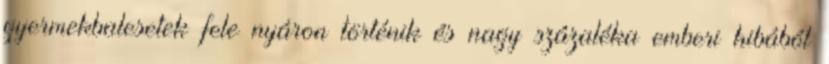
gyermekbalesetek fele nyáron történik és nagy százaléka emberi hibából